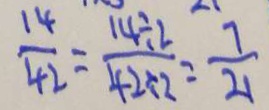
\frac { 1 4 } { 4 2 } = \frac { 1 4 2 \div 7 } { 4 2 \div 2 } = \frac { 7 } { 2 1 }